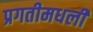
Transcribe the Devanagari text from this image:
प्रगतीमधली